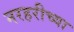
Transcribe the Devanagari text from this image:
नरहरीच्या